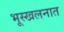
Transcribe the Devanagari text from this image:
भूस्खलनात